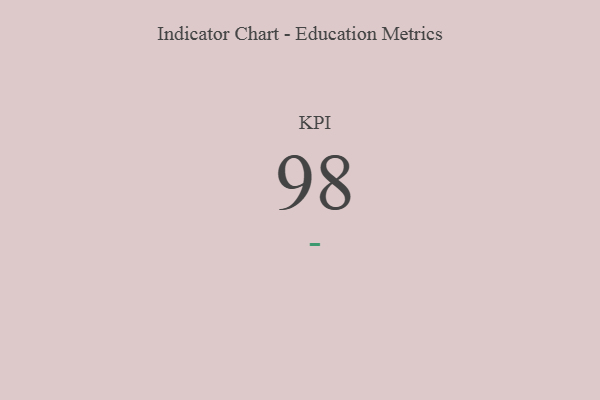
{"axis": {"x": "KPI", "y": "Value"}, "legend": [""], "data": [{"x": "KPI", "y": 98, "type": ""}]}